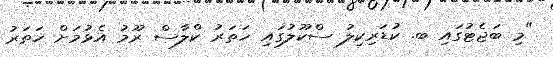
"މި ބަޖެޓުގައި ބ. ކުޑަރިކިލު ސްކޫލުގައި ހަތަރު ކްލާސް ރޫމު އެޅުމަށް ހަތަރު